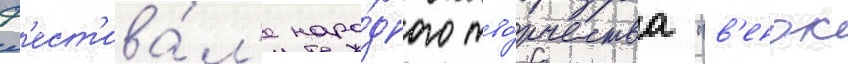
ф'ест'ива́л'е наро́дного тво́рчества "в'енок